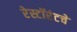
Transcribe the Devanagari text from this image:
रेस्टॉरंटचे